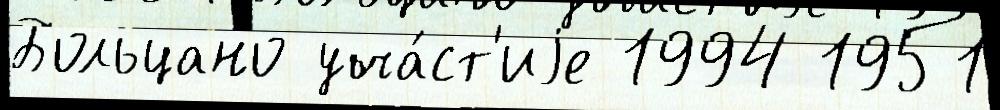
Больцано уча́ст'иjе 1994 1951